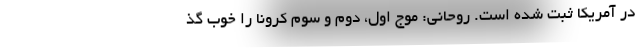
در آمریکا ثبت شده است. روحانی: موج اول، دوم و سوم کرونا را خوب گذ